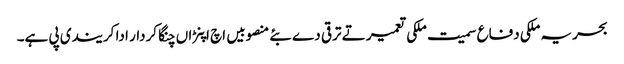
بحریہ ملکی دفاع سمیت ملکی تعمیر تے ترقی دے بئے منصوبیں اچ اپنڑاں چنگا کردار ادا کر یندی پی ہے۔